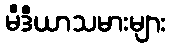
မီဒီယာသမားများ